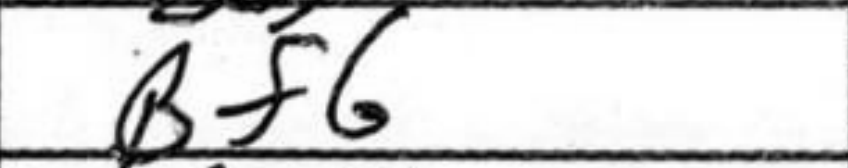
Transcription: Bf6